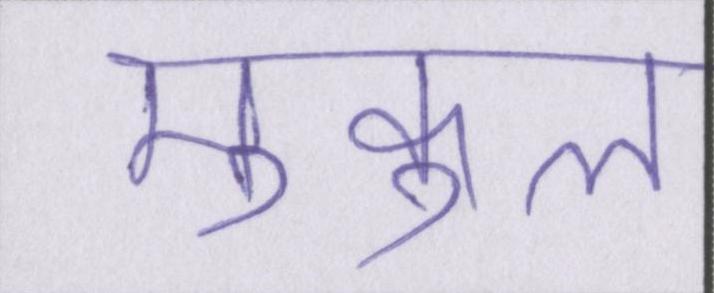
मुकुल